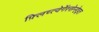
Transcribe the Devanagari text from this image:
फ़्लिच्त्वेर्गेस्सेन्हेइत